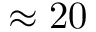
\approx 2 0